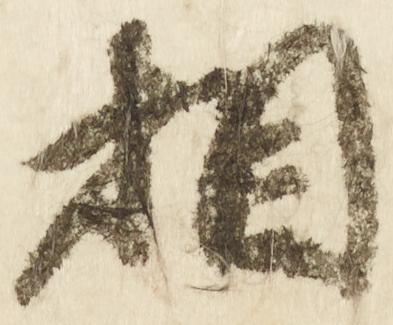
相